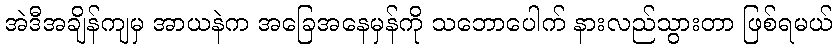
အဲဒီအချိန်ကျမှ အာယနဲက အခြေအနေမှန်ကို သဘောပေါက် နားလည်သွားတာ ဖြစ်ရမယ်